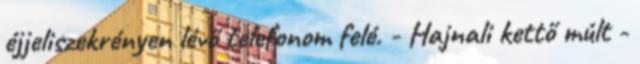
éjjeliszekrényen lévő telefonom felé. - Hajnali kettő múlt -